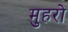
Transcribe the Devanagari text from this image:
मुहरो